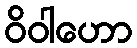
ဝိဝါဟော